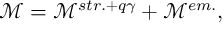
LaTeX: \mathcal { M } = \mathcal { M } ^ { s t r . + q \gamma } + \mathcal { M } ^ { e m . } ,